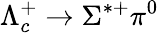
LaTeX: \Lambda_{c}^{+}\to\Sigma^{*+}\pi^{0}